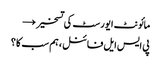
مائونٹ ایورسٹ کی تسخیر →
پی ایس ایل فائنل ، ہم سب کا ؟